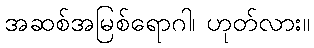
အဆစ်အမြစ်ရောဂါ၊ ဟုတ်လား။